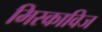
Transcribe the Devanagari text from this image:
मिस्काविज